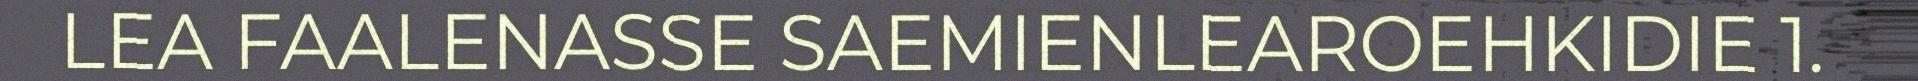
LEA FAALENASSE SAEMIENLEAROEHKIDIE 1.